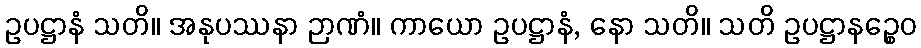
ဥပဋ္ဌာနံ သတိ။ အနုပဿနာ ဉာဏံ။ ကာယော ဥပဋ္ဌာနံ, နော သတိ။ သတိ ဥပဋ္ဌာနဉ္စေဝ